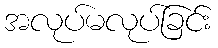
အလုပ်မလုပ်ခြင်း